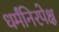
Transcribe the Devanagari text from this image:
धर्मंनिरपेक्ष